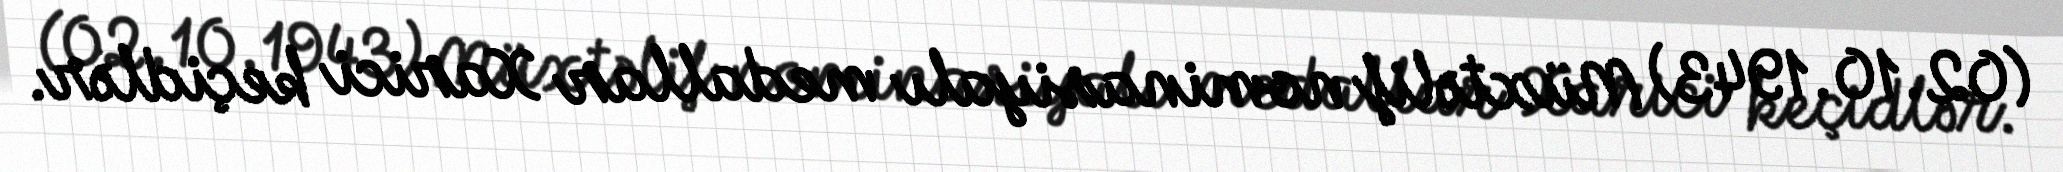
(02.10.1943) Müxtəlif nominasiyalı medallar Xarici keçidlər.